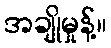
အချိုမှုန့်။